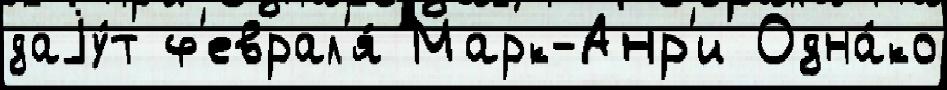
даjу́т ф'еврал'я́ Марк-Анр'и Одна́ко